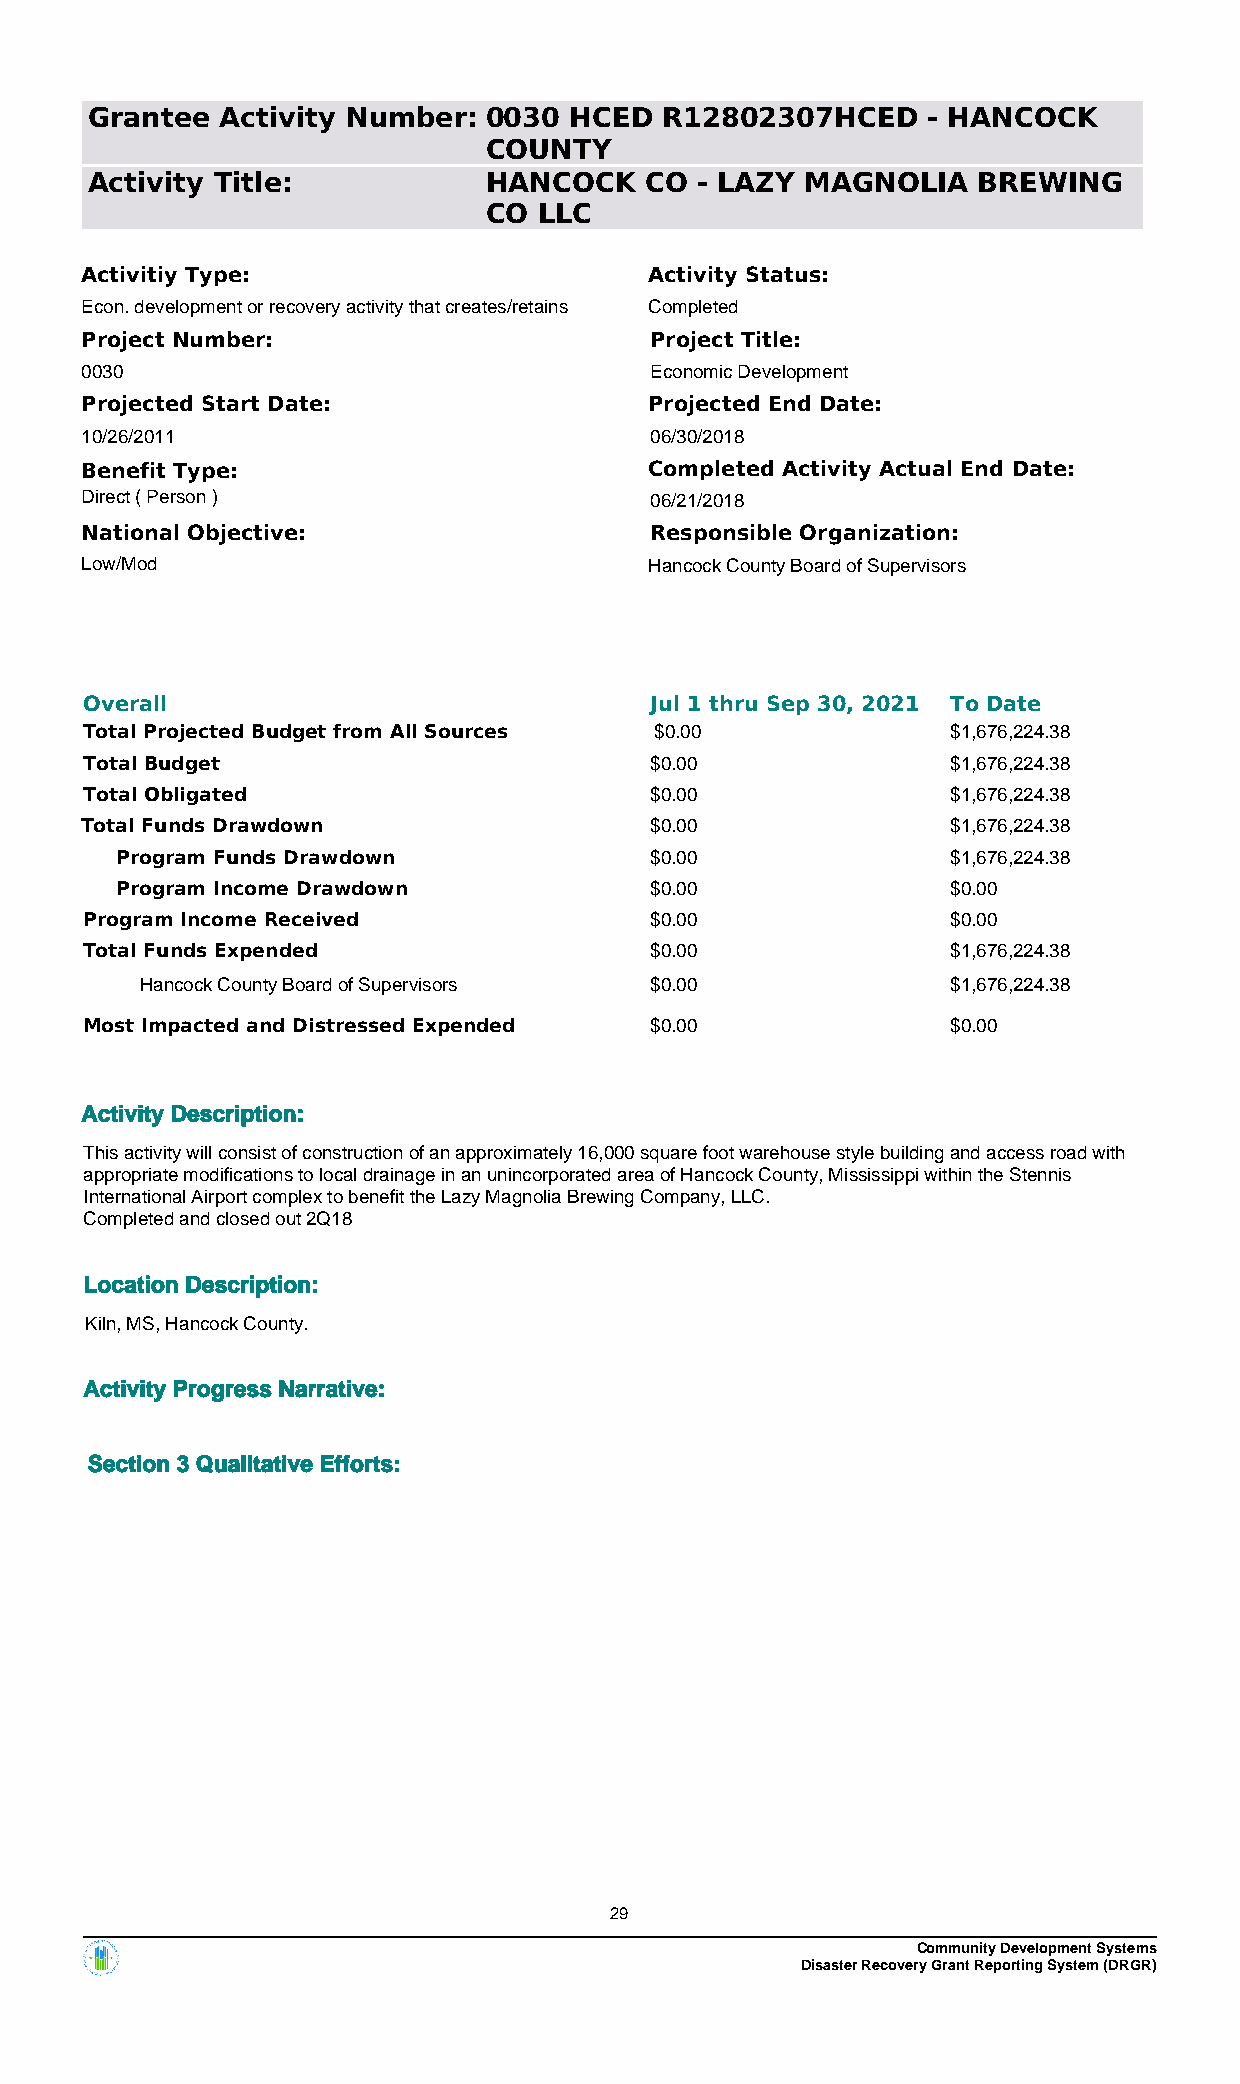
Grantee  Activity Number: 0030  HCED  R12802307HCED    - HANCOCK
 COUNTY
 Activity Title:           HANCOCK    CO - LAZY MAGNOLIA    BREWING
 CO  LLC
 Activitiy Type:                       Activity Status:
 Econ. development or recovery activity that creates/retains Completed
 Project Number:                       Project Title:
 0030                                  Economic Development
 Projected Start Date:                 Projected End Date:
 10/26/2011                            06/30/2018
 Benefit Type:                         Completed Activity Actual End Date:
 Direct ( Person )                     06/21/2018
 National Objective:                   Responsible Organization:
 Low/Mod                               Hancock County Board of Supervisors
 Overall                              Jul 1 thru Sep 30, 2021 To Date
 Total Projected Budget from All Sources $0.00            $1,676,224.38
 Total Budget                         $0.00               $1,676,224.38
 Total Obligated                      $0.00               $1,676,224.38
 Total Funds Drawdown                  $0.00               $1,676,224.38
 Program Funds Drawdown             $0.00               $1,676,224.38
 Program Income Drawdown            $0.00               $0.00
 Program Income Received              $0.00               $0.00
 Total Funds Expended                 $0.00               $1,676,224.38
 Hancock County Board of Supervisors $0.00             $1,676,224.38
 Most Impacted and Distressed Expended $0.00              $0.00
 Activity Description:
 This activity will consist of construction of an approximately 16,000 square foot warehouse style building and access road with
 appropriate modifications to local drainage in an unincorporated area of Hancock County, Mississippi within the Stennis
 International Airport complex to benefit the Lazy Magnolia Brewing Company, LLC.
 Completed and closed out 2Q18
 Location Description:
 Kiln, MS, Hancock County.
 Activity Progress Narrative:
 Section 3 Qualitative Efforts:
 29
 Community Development Systems
 Disaster Recovery Grant Reporting System (DRGR)